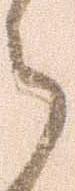
ら